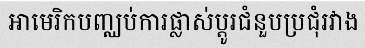
អាមេរិកបញ្ឈប់ការផ្លាស់ប្តូរជំនួបប្រជុំរវាង